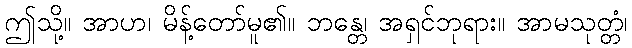
ဤသို့။ အာဟ၊ မိန့်တော်မူ၏။ ဘန္တေ၊ အရှင်ဘုရား။ အာမသုတ္တံ၊